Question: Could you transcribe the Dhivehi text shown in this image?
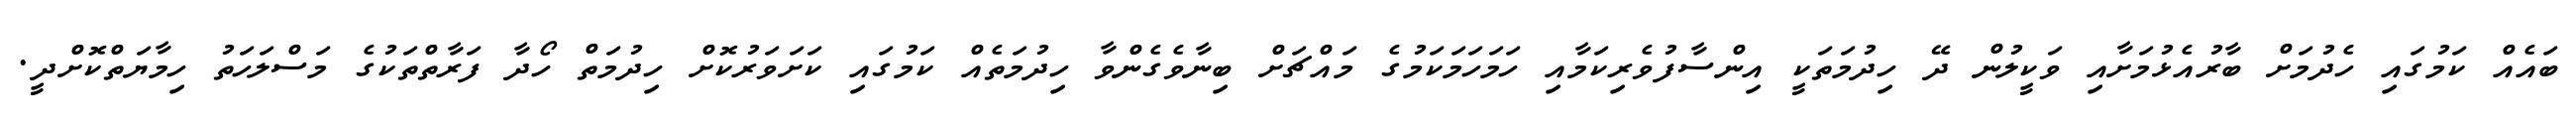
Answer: ބައެއް ކަމުގައި ހެދުމަށް ބާރުއެޅުމަށާއި ވަކީލުން ދޭ ހިދުމަތަކީ އިންސާފުވެރިކަމާއި ހަމަހަމަކަމުގެ މައްޗަށް ބިނާވެގެންވާ ހިދުމަތެއް ކަމުގައި ކަށަވަރުކޮށް ހިދުމަތް ހޯދާ ފަރާތްތަކުގެ މަސްލަހަތު ހިމާޔަތްކޮށްދީ.